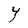
Character: Y